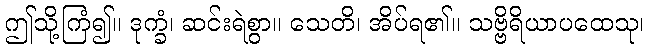
ဤသို့ကြံ၍။ ဒုက္ခံ၊ ဆင်းရဲစွာ။ သေတိ၊ အိပ်ရ၏။ သဗ္ဗိရိယာပထေသု၊